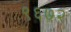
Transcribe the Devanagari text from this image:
९६७२